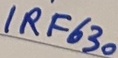
Text: IRF630